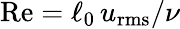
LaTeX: \mathrm{Re}=\ell_{0}\, u_{\mathrm{rms}}/\nu